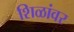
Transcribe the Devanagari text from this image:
शिळांवर